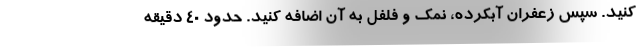
کنید. سپس زعفران آبکرده، نمک و فلفل به آن اضافه کنید. حدود 40 دقیقه